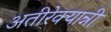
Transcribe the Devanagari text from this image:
अतीरेक्यान्नी